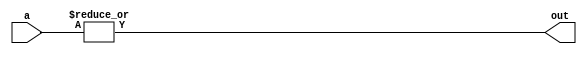
module reduceOrGate( a, out);

	input [2:0] a;
	output out;
	wire out;

	assign out = |a;
	
endmodule